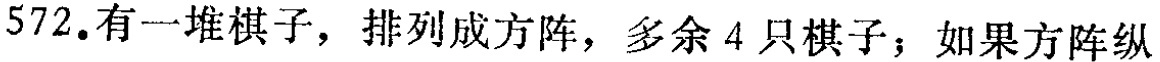
572.有一堆棋子，排列成方阵，多余 4 只棋子；如果方阵纵